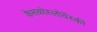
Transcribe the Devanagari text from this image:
केसकोस्लोवेंस्की